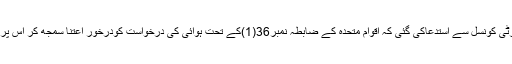
اس درخواست میں سیکورٹی کونسل سے استدعاکی گئی کہ اقوام متحدہ کے ضابطہ نمبر36(1)کے تحت ہوائی کی درخواست کودرخور اعتنا سمجھ کر اس پر مزید کاروائی کی جائے۔